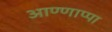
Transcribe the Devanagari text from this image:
आण्णाप्पा